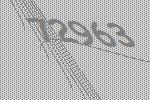
72963